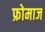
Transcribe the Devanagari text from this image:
फ्रोमाज